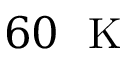
6 0 ~ \mathrm { ~ K ~ }